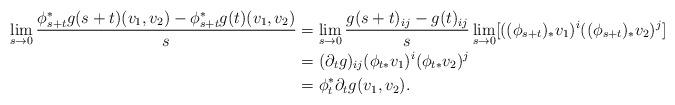
LaTeX: \begin{align*}\lim_{s\to 0}\frac{\phi_{s+t}^*g(s+t)(v_1,v_2)-\phi_{s+t}^*g(t)(v_1,v_2)}{s} & =\lim_{s\to 0}\frac{g(s+t)_{ij}-g(t)_{ij}}{s}\lim_{s\to 0}[((\phi_{s+t})_*v_1)^i((\phi_{s+t})_*v_2)^j] \\& =(\partial_t g)_{ij}(\phi_{t*}v_1)^i(\phi_{t*}v_2)^j \\& =\phi_t^*\partial_t g(v_1,v_2).\end{align*}